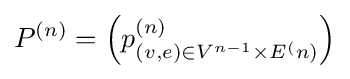
P^{(n)}=\left(p_{(v,e)\in V^{n-1}\times E^{(}n)}^{(n)}\right)